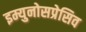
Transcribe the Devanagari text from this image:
इम्युनोसप्रेसिव